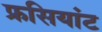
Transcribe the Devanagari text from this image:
फ्रसियांट